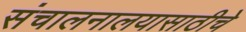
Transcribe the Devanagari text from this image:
संचालनालयासाठीचे